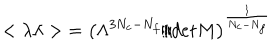
LaTeX: { < \lambda \lambda > } = \left( \Lambda ^ { 3 N _ { c } - N _ { f } } / d e t M \right) ^ { \frac { 1 } { N _ { c } - N _ { f } } }